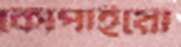
কোপাইয়ো